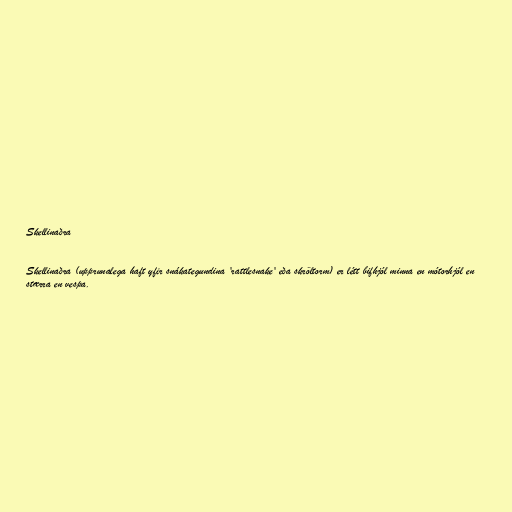
Skellinaðra

Skellinaðra (upprunalega haft yfir snákategundina 'rattlesnake' eða skröltorm) er létt bifhjól minna en mótorhjól en
stærra en vespa.